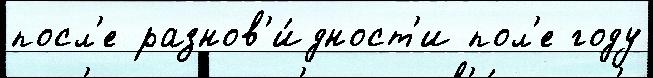
посл'е разнов'и́дност'и пол'е году